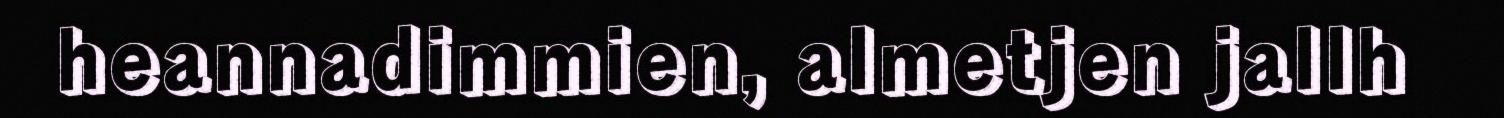
heannadimmien, almetjen jallh